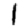
Digit: 1